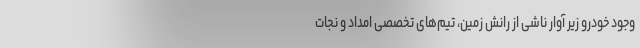
وجود خودرو زیر آوار ناشی از رانش زمین، تیم‌های تخصصی امداد و نجات